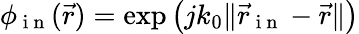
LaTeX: \phi_{\mathrm{~i~n~}}(\vec{r})=\exp{\left(jk_{0}\Vert\vec{r}_{\mathrm{~i~n~}}-\vec{r}\Vert\right)}